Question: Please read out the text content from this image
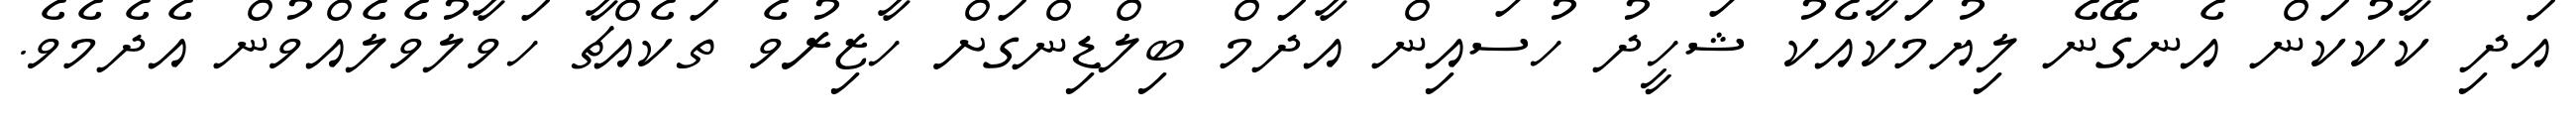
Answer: އަދި ކާކުކަން އެނގޭނެ ލިޔުމަކާއެކު ޝަހީދު ހުސައިން އާދަމް ބިލްޑިންގަށް ހާޒިރުވެ ތަކެއްޗާ ހަވާލުވެލެއްވުން އެދެމެވެ.